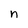
Character: n